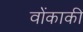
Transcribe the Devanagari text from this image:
वोंकाकी